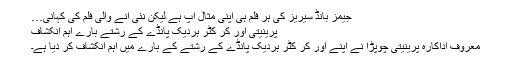
جیمز بانڈ سیریز کی ہر فلم ہی اپنی مثال آپ ہے لیکن نئی آنے والی فلم کی کہانی…
پرینیتی اور کر کٹر ہردیک پانڈے کے رشتے بارے اہم انکشاف
معروف اداکارہ پرینیتی چوپڑا نے اپنے اور کر کٹر ہردیک پانڈے کے رشتے کے بارے میں اہم انکشاف کر دیا ہے۔